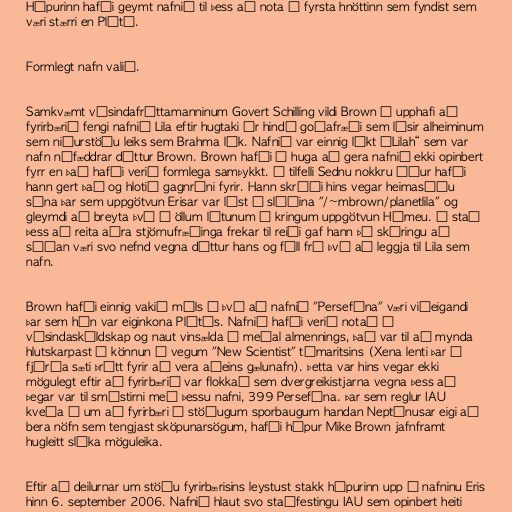
Hópurinn hafði geymt nafnið til þess að nota á fyrsta hnöttinn sem fyndist sem
væri stærri en Plútó.

Formlegt nafn valið.

Samkvæmt vísindafréttamanninum Govert Schilling vildi Brown í upphafi að
fyrirbærið fengi nafnið Lila eftir hugtaki úr hindú goðafræði sem lýsir alheiminum
sem niðurstöðu leiks sem Brahma lék. Nafnið var einnig líkt „Lilah“ sem var
nafn nýfæddrar dóttur Brown. Brown hafði í huga að gera nafnið ekki opinbert
fyrr en það hafði verið formlega samþykkt. Í tilfelli Sednu nokkru áður hafði
hann gert það og hlotið gagnrýni fyrir. Hann skráði hins vegar heimasíðu
sína þar sem uppgötvun Erisar var lýst á slóðina "/~mbrown/planetlila" og
gleymdi að breyta því í öllum látunum í kringum uppgötvun Hámeu. Í stað
þess að reita aðra stjörnufræðinga frekar til reiði gaf hann þá skýringu að
síðan væri svo nefnd vegna dóttur hans og féll frá því að leggja til Lila sem
nafn.

Brown hafði einnig vakið máls á því að nafnið "Persefóna" væri viðeigandi
þar sem hún var eiginkona Plútós. Nafnið hafði verið notað í
vísindaskáldskap og naut vinsælda á meðal almennings, það var til að mynda
hlutskarpast í könnun á vegum "New Scientist" tímaritsins (Xena lenti þar í
fjórða sæti þrátt fyrir að vera aðeins gælunafn). Þetta var hins vegar ekki
mögulegt eftir að fyrirbærið var flokkað sem dvergreikistjarna vegna þess að
þegar var til smástirni með þessu nafni, 399 Persefóna. Þar sem reglur IAU
kveða á um að fyrirbæri á stöðugum sporbaugum handan Neptúnusar eigi að
bera nöfn sem tengjast sköpunarsögum, hafði hópur Mike Brown jafnframt
hugleitt slíka möguleika.

Eftir að deilurnar um stöðu fyrirbærisins leystust stakk hópurinn upp á nafninu Eris
hinn 6. september 2006. Nafnið hlaut svo staðfestingu IAU sem opinbert heiti